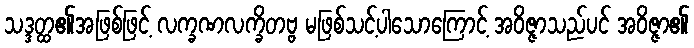
သဒ္ဒတ္ထ၏အဖြစ်ဖြင့် လက္ခဏလက္ခိတဗ္ဗ မဖြစ်သင့်ပါသောကြောင့် အဝိဇ္ဇာသည်ပင် အဝိဇ္ဇာ၏